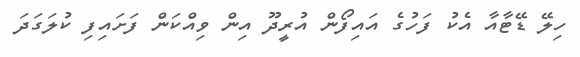
ހިލޭ ޑޭޓާއާ އެކު ފަހުގެ އައިފޯން އުރީދޫ އިން ވިއްކަން ފަށައިފި ކުލަގަދަ